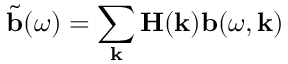
\tilde { \mathbf { b } } ( \omega ) = \sum _ { \mathbf { k } } \mathbf { H } ( \mathbf { k } ) \mathbf { b } ( \omega , \mathbf { k } )